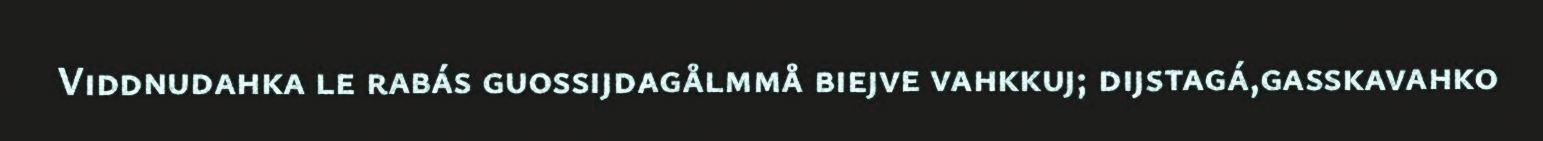
Viddnudahka le rabás guossijdagålmmå biejve vahkkuj; dijstagá,gasskavahko